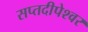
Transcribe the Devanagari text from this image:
सप्तदीपेश्वर